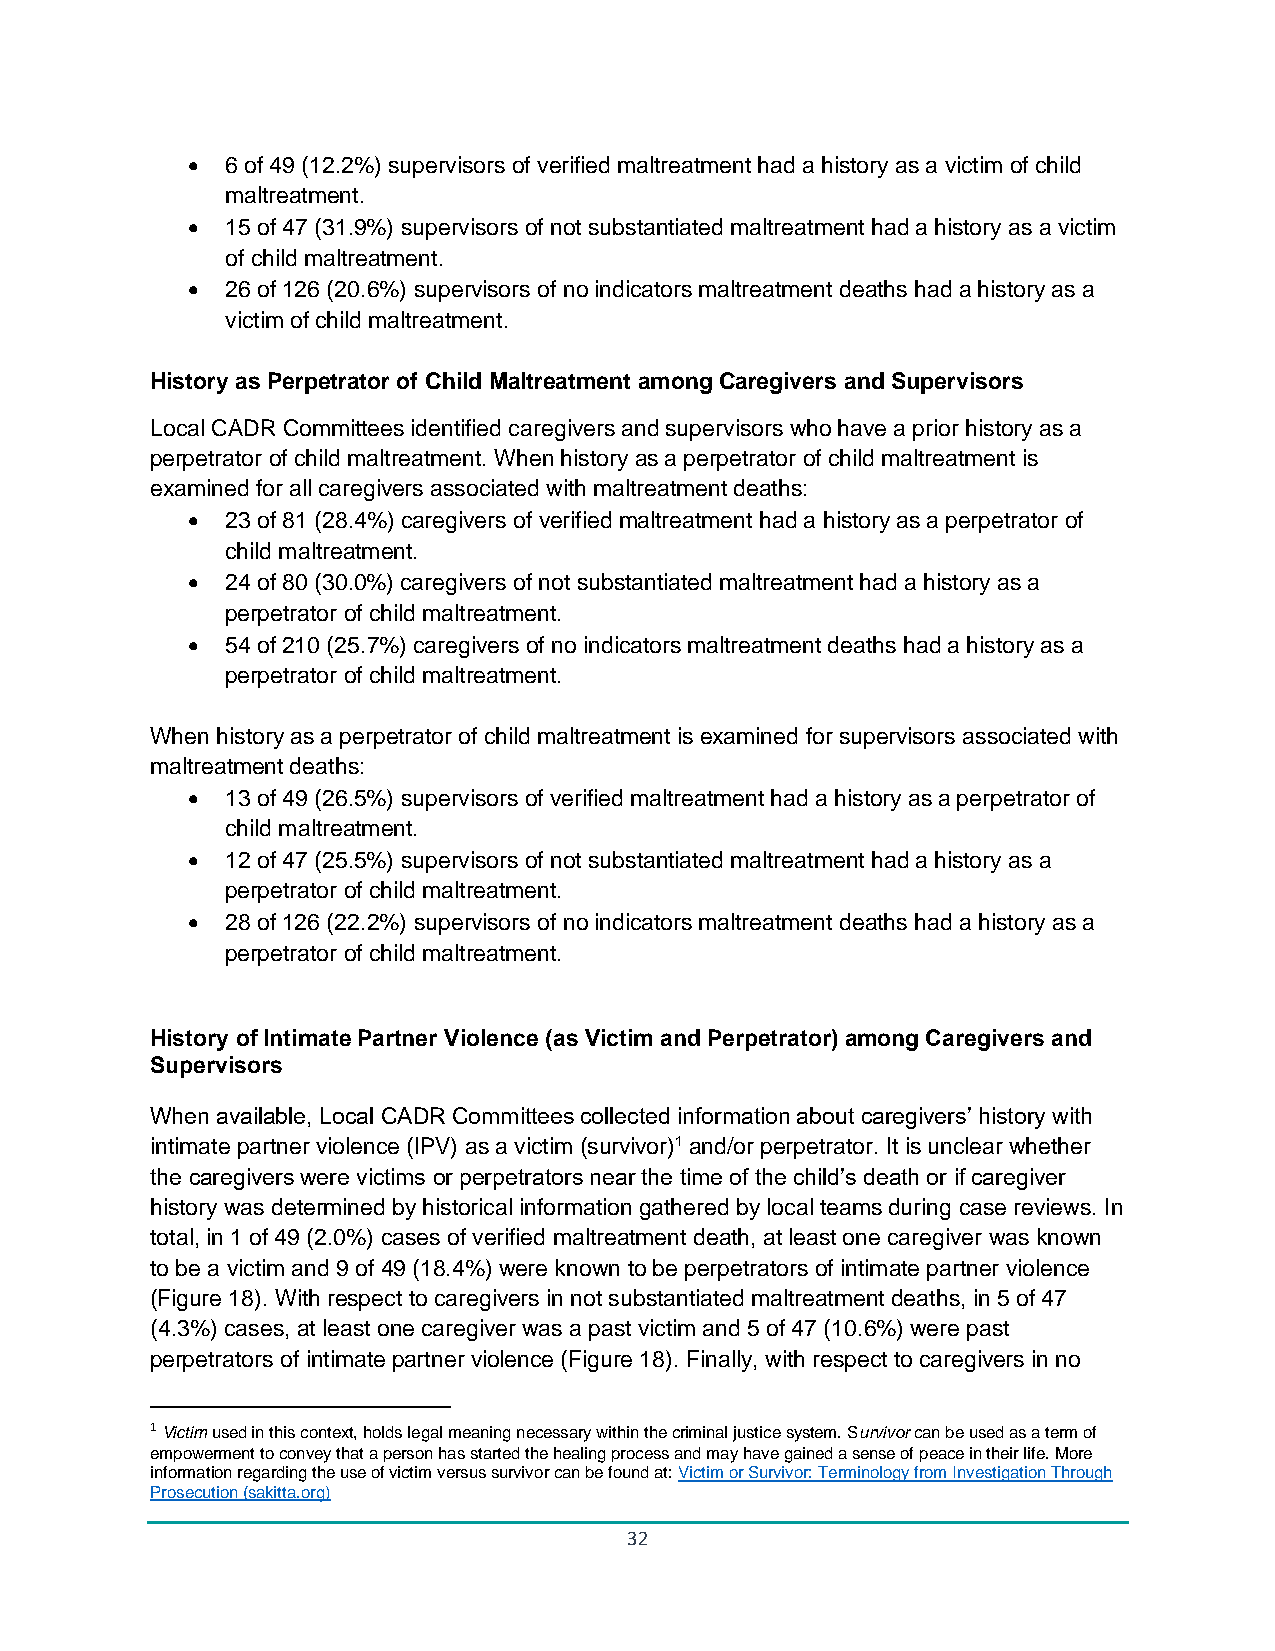
•  6 of 49 (12.2%) supervisors of verified maltreatment had a history as a victim of child
 maltreatment.
 •  15 of 47 (31.9%) supervisors of not substantiated maltreatment had a history as a victim
 of child maltreatment.
 •  26 of 126 (20.6%) supervisors of no indicators maltreatment deaths had a history as a
 victim of child maltreatment.
 History as Perpetrator of Child Maltreatment among Caregivers and Supervisors
 Local CADR Committees identified caregivers and supervisors who have a prior history as a
 perpetrator of child maltreatment. When history as a perpetrator of child maltreatment is
 examined for all caregivers associated with maltreatment deaths:
 •  23 of 81 (28.4%) caregivers of verified maltreatment had a history as a perpetrator of
 child maltreatment.
 •  24 of 80 (30.0%) caregivers of not substantiated maltreatment had a history as a
 perpetrator of child maltreatment.
 •  54 of 210 (25.7%) caregivers of no indicators maltreatment deaths had a history as a
 perpetrator of child maltreatment.
 When history as a perpetrator of child maltreatment is examined for supervisors associated with
 maltreatment deaths:
 •  13 of 49 (26.5%) supervisors of verified maltreatment had a history as a perpetrator of
 child maltreatment.
 •  12 of 47 (25.5%) supervisors of not substantiated maltreatment had a history as a
 perpetrator of child maltreatment.
 •  28 of 126 (22.2%) supervisors of no indicators maltreatment deaths had a history as a
 perpetrator of child maltreatment.
 History of Intimate Partner Violence (as Victim and Perpetrator) among Caregivers and
 Supervisors
 When available, Local CADR Committees collected information about caregivers’ history with
 intimate partner violence (IPV) as a victim (survivor)1 and/or perpetrator. It is unclear whether
 the caregivers were victims or perpetrators near the time of the child’s death or if caregiver
 history was determined by historical information gathered by local teams during case reviews. In
 total, in 1 of 49 (2.0%) cases of verified maltreatment death, at least one caregiver was known
 to be a victim and 9 of 49 (18.4%) were known to be perpetrators of intimate partner violence
 (Figure 18). With respect to caregivers in not substantiated maltreatment deaths, in 5 of 47
 (4.3%) cases, at least one caregiver was a past victim and 5 of 47 (10.6%) were past
 perpetrators of intimate partner violence (Figure 18). Finally, with respect to caregivers in no
 1 Victim used in this context, holds legal meaning necessary within the criminal justice system. Survivor can be used as a term of
 empowerment to convey that a person has started the healing process and may have gained a sense of peace in their life. More
 information regarding the use of victim versus survivor can be found at: Victim or Survivor: Terminology from Investigation Through
 Prosecution (sakitta.org)
 32